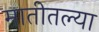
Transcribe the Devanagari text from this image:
मातीतल्या